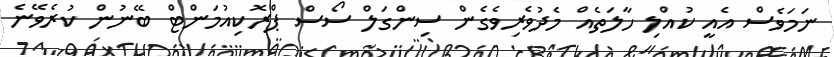
ނަމަވެސް އެއީ ކުއްލި ހާލަތެއް މެދުވެރިވެގެން ސިންގަލް ސޯސް ޕްރޮކިއުމަންޓް ބޭނުން ކުރެވޭނެ